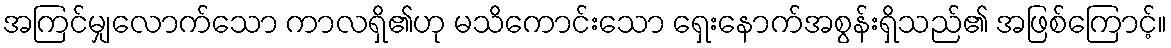
အကြင်မျှလောက်သော ကာလရှိ၏ဟု မသိကောင်းသော ရှေးနောက်အစွန်းရှိသည်၏ အဖြစ်ကြောင့်။